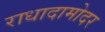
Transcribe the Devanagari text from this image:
राधादामोदर